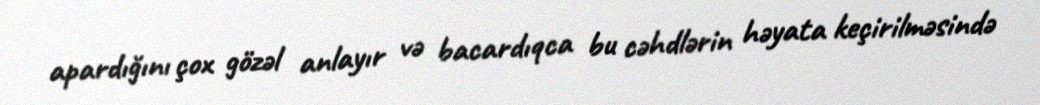
apardığını çox gözəl anlayır və bacardıqca bu cəhdlərin həyata keçirilməsində